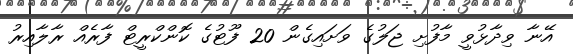
އޭނާ ވިދާޅުވީ މާފުށި ޖަލުގެ ވަށައިގެން 20 ފޫޓުގެ ކޮންކްރީޓް ފާރެއް ރާލާއިރު